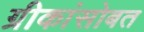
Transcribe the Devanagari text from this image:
ग्रीकांसोबत